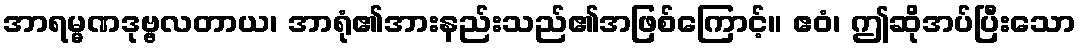
အာရမ္မဏဒုဗ္ဗလတာယ၊ အာရုံ၏အားနည်းသည်၏အဖြစ်ကြောင့်။ ဧဝံ၊ ဤဆိုအပ်ပြီးသော